Lunatic asylums in Bengal annual reports 1899-1911 - 1899-1911
Year: 1899
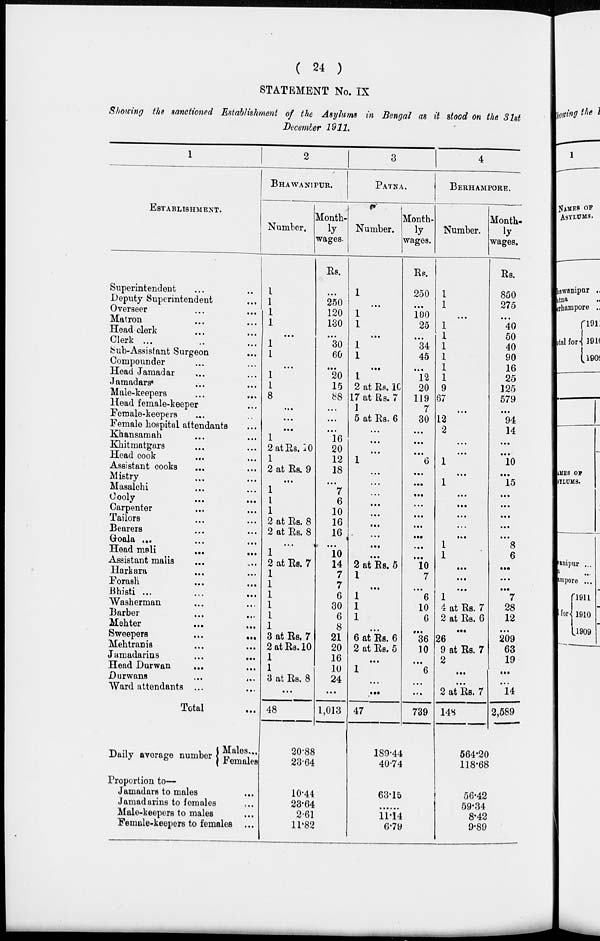
( 24 )
STATEMENT No. IX
Showing the sanctioned Establishment of the Asylums in Bengal as it stood on the 31st
December 1911,
1
ESTABLISHMENT.
Superintendent
...
..
Deputy Superintendent
...
Overseer
...
...
Matron ... ...
Head clerk ... ...
Clerk ... .. ...
Sub-Assistant Surgeon ...
Compounder ... ...
Head Jamadar ... ...
Jamadars ... ...
Male-keepers ... ...
Head female-keeper ...
Female-keepers ... ..
Female hospital attendants ...
Khansamah ... ...
Khitmatgars ... ...
Head cook ... ...
Assistant cooks ... ...
Mistry ... ...
Masalchi ... ...
Cooly ... ...
Carpenter ... ...
Tailors ... ...
Bearers ... ...
Goala ... ... ...
Head mali ... ...
Assistant malis ... ...
Harkara ... ...
Forash ... ...
Bhisti
...
...
...
Washerman ... ...
Barber
...
...
Mehter ... ...
Sweepers
...
...
Mehtranis
Jamadarins
...
...
Head Durwan ... ...
Durwans
...
...
Ward attendants ... ...
Total ...
Daily average number
Males ...
Females
Proportion to—
Jamadars to males ...
Jamadarins to females ...
Male-keepers to males ...
Female-keepers to females
2
BHAWANIPUR.
Number.
1
1
1
1
...
1
1
...
1
1
8
...
...
...
1
2 at Rs. 10
1
2 at Rs. 9
...
1
1
1
2 at Rs. 8
2 at Rs. 8
...
1
2 at Rs. 7
1
1
1
1
1
1
3 at Rs. 7
2 at Rs.10
1
1
3 at Rs. 8
...
48
Month-
ly
wages.
Rs.
...
250
120
130
...
30
60
...
20
15
88
...
...
...
16
20
12
18
...
7
6
10
16
16
...
10
14
7
7
6
30
6
8
21
20
16
10
24
...
1,013
20.88
23.64
10.44
23.64
2.61
11.82
3
PATNA.
Number.
1
...
1
1
...
1
1
...
1
2 at Rs. 10
17 at Rs. 7
1
5 at Rs. 6
...
...
...
1
...
...
...
...
...
...
...
...
...
2 at Rs. 5
1
...
1
1
1
...
6 at Rs. 6
2 at Rs. 5
...
1
...
...
47
Month.
ly
wages.
Rs.
250
...
100
25
...
34
45
...
12
20
119
7
30
...
...
...
6
...
...
...
...
...
...
...
...
...
10
7
...
6
10
6
...
36
10
...
6
...
...
739
189.44
40.74
63.15
......
11.14
6.79
4
BERHAMPORE.
Number.
1
1
...
1
1
1
1
1
1
9
67
...
12
2
...
...
1
...
1
...
...
...
...
...
1
1
...
...
...
1
4 at Rs. 7
2 at Rs. 6
...
26
9 at Rs. 7
2
...
...
2 at Rs. 7
148
Month-
ly
wages.
Rs.
850
275
...
40
50
40
90
16
25
125
579
...
94
14
...
...
10
...
15
...
...
...
...
...
8
6
...
...
...
7
28
12
...
209
63
19
...
...
14
2,589
564.20
118.68
56.42
59.34
8.42
9.89